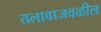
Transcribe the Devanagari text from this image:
तलावाजवळील